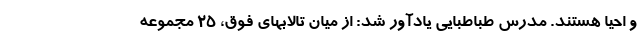
و احیا هستند. مدرس طباطبایی یادآور شد: از میان تالابهای فوق، ۲۵ مجموعه